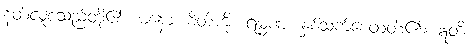
နတ်လူစသည်တို့၏။ မနော၊ စိတ်ကို။ ရမ္မဏ၊ နှစ်သက်စေတတ်၏။ ဣတိ၊